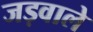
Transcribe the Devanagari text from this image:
जड़वाले